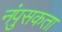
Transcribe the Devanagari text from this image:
नंपुसकता